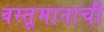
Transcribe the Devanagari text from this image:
वस्तूमानाची